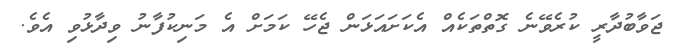
ޖަވާބުދާރީ ކުރެވޭނެ ގޮތްތަކެއް އެކަށައަޅަން ޖެހޭ ކަމަށް އެ މަނިކުފާނު ވިދާޅުވި އެވެ.